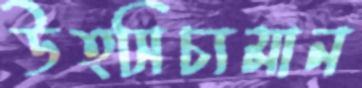
উত্সিচ্যমান